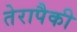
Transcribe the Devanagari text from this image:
तेरापैकी